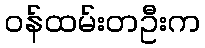
ဝန်ထမ်းတဦးက